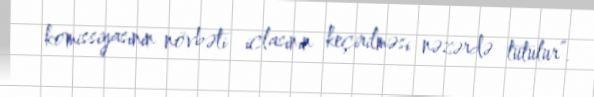
komissiyasının növbəti iclasının keçirilməsi nəzərdə tutulur”.